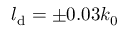
l _ { \mathrm { d } } = \pm 0 . 0 3 k _ { 0 }